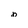
Character: b